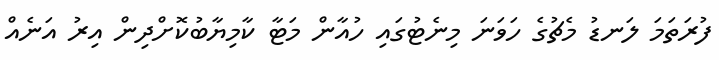
ފުރަތަމަ ލަނޑު މެޗުގެ ހަވަނަ މިނެޓުގައި ހުއާން މަޓާ ކާމިޔާބުކޮށްދިން އިރު އަނެއް